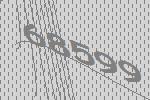
68599